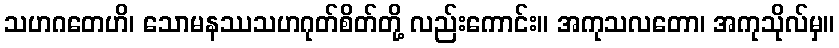
သဟဂတေဟိ၊ သောမနဿသဟဂုတ်စိတ်တို့ လည်းကောင်း။ အကုသလတော၊ အကုသိုလ်မှ။